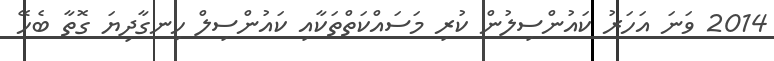
2014 ވަނަ އަހަރު ކައުންސިލުން ކުރި މަސައްކަތްތަކާއި ކައުންސިލް ހިނގާދިޔަ ގޮތާ ބެހޭ